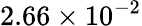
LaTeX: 2.66\times 10^{-2}